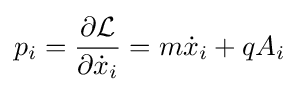
p_{i}={\frac {\partial {\mathcal {L}}}{\partial {\dot {x}}_{i}}}=m{\dot {x}}_{i}+qA_{i}